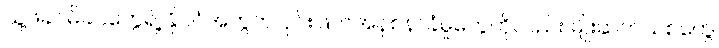
သူ့ဖခင်မိခင်တွေရဲ့ နိုင်ငံအတွက် ပိုင်းဖြတ်အနစ်နာခံမှုတွေကိုလည်း မျိုးဆက်သစ်တွေ